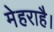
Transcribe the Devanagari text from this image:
मेहराहै।